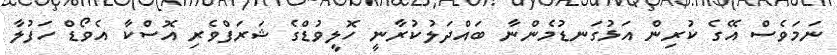
ނަމަވެސް އޭގެ ކުރިން އަޅުގަނޑުމެންނާ ބައްދަލުކުރާނީ ހޮލީވުޑްގެ ޝަރަފްވެރި އޮސްކާ އެވޯޑް ހަފުލާ